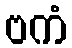
ဗကံ